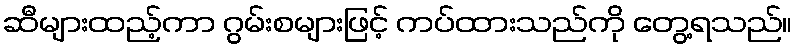
ဆီများထည့်ကာ ဂွမ်းစများဖြင့် ကပ်ထားသည်ကို တွေ့ရသည်။